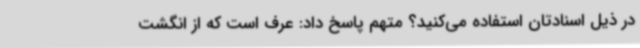
در ذیل اسنادتان استفاده می‌کنید؟ متهم پاسخ داد: عرف است که از انگشت